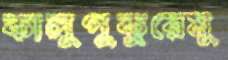
কালুপুকুরেমু